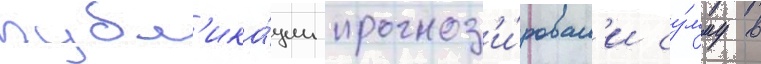
публ'ика́ции прогноз'и́ровал'и су́мму в